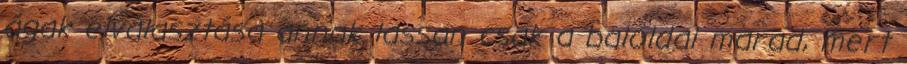
ágak elválasztása annak lassan csak a baloldal marad, mert